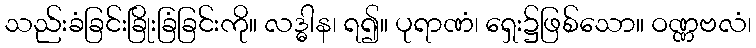
သည်းခံခြင်းခြိုးခြံခြင်းကို။ လဒ္ဓါန၊ ရ၍။ ပုရာဏံ၊ ရှေး၌ဖြစ်သော။ ဝဏ္ဏဗလံ၊